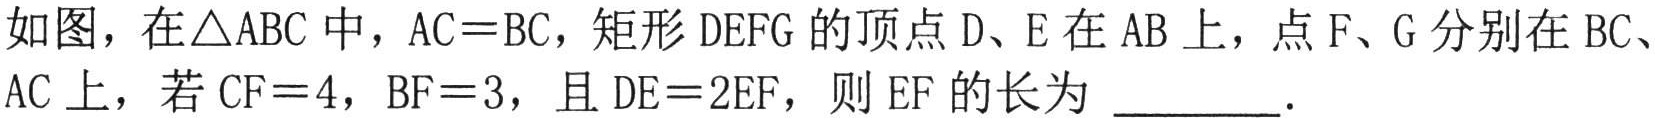
如图，在\(\triangle ABC\)中，\(AC = BC\)，矩形\(DEFG\)的顶点\(D、E\)在\(AB\)上，点\(F、G\)分别在\(BC、AC\)上，若\(CF = 4\)，\(BF = 3\)，且\(DE = 2EF\)，则\(EF\)的长为 \_\_\_\_\_ .